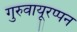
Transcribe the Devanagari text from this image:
गुरुवायूरप्पन